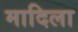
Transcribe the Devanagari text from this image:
मादिला